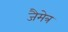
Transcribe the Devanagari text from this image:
जैमेत्र